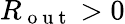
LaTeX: R_{\mathrm{~o~u~t~}}>0